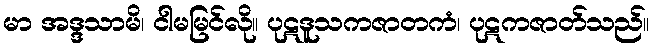
မာ အဒ္ဒသာမိ၊ ငါမမြင်လို။ ပုဋဒူသကဇာတကံ၊ ပုဋကဇာတ်သည်။